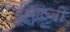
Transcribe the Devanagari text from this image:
ईथाल्जी